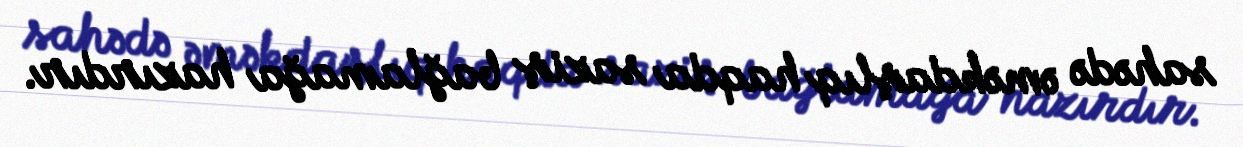
sahədə əməkdaşlıq haqda saziş bağlamağa hazırdır.